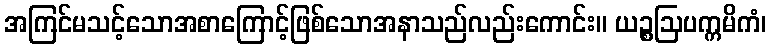
အကြင်မသင့်သောအစာကြောင့်ဖြစ်သောအနာသည်လည်းကောင်း။ ယဉ္စဩပက္ကမိကံ၊